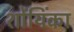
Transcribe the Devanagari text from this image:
शोंयिंका